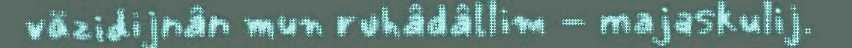
väzidijnân mun ruhâdâllim - majaskulij.